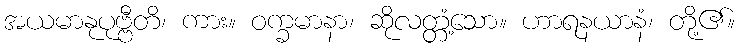
အယမာနုပုဗ္ဗီတိ၊ ကား။ ဝက္ခမာနာ၊ ဆိုလတ္တံ့သော။ ဟာရနယာနံ၊ တို့၏။